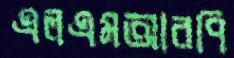
এলএমআরপি